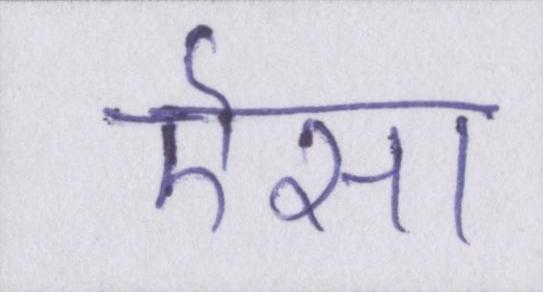
ऎसा